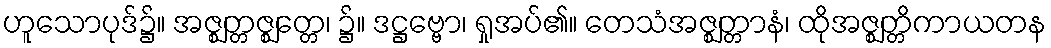
ဟူသောပုဒ်၌။ အဇ္ဈတ္တဇ္ဈတ္တေ၊ ၌။ ဒဋ္ဌဗ္ဗော၊ ရှုအပ်၏။ တေသံအဇ္ဈတ္တာနံ၊ ထိုအဇ္ဈတ္တိကာယတန